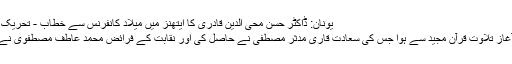
یونان: ڈاکٹر حسن محی الدین قادری کا ایتھنز میں میلاد کانفرنس سے خطاب - تحریک منہاج القرآن
کانفرنس کا آغاز تلاوت قرآنِ مجید سے ہوا جس کی سعادت قاری مدثر مصطفیٰ نے حاصل کی اور نقابت کے فرائض محمد عاطف مصطفوی نے انجام دئیے۔